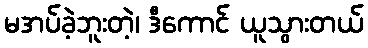
မအပ်ခဲ့ဘူးတဲ့၊ ဒီကောင် ယူသွားတယ်